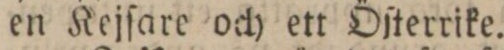
en Kejſare och ett Öſterrike.